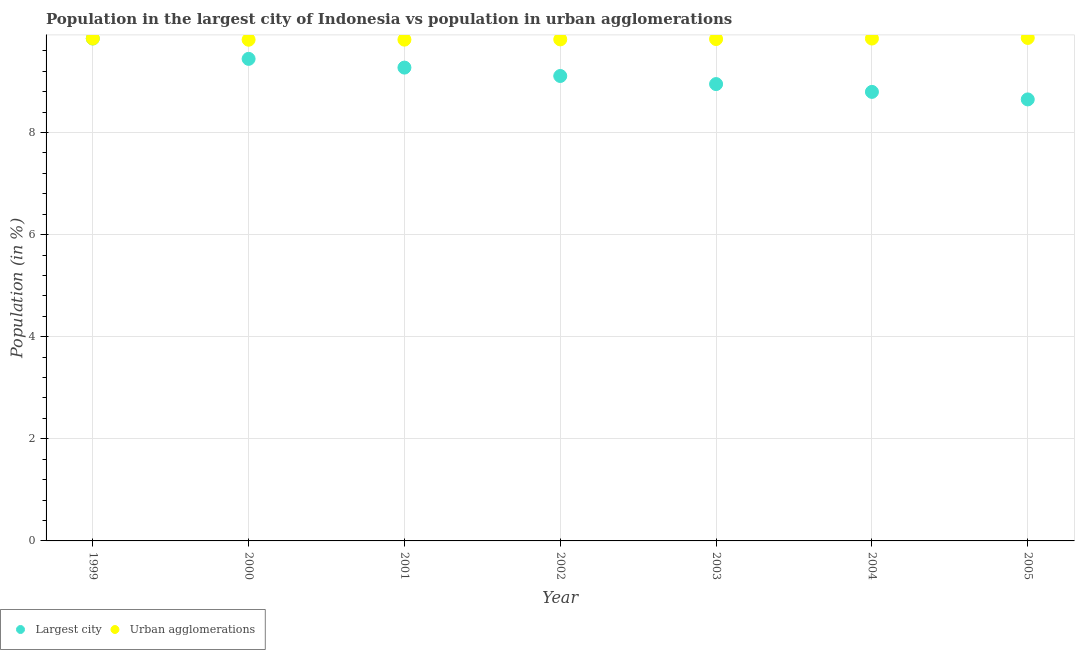
| Year | Largest city | Urban agglomerations |
 | --- | --- | --- |
 | 1999 | 9.84 | 9.84 |
 | 2000 | 9.44 | 9.82 |
 | 2001 | 9.27 | 9.82 |
 | 2002 | 9.11 | 9.82 |
 | 2003 | 8.95 | 9.83 |
 | 2004 | 8.8 | 9.84 |
 | 2005 | 8.65 | 9.85 |